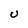
Character: U